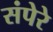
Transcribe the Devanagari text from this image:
संपेरे